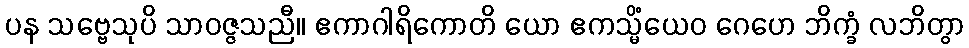
ပန သဗ္ဗေသုပိ သာဝဇ္ဇသညီ။ ဧကာဂါရိကောတိ ယော ဧကသ္မိံယေဝ ဂေဟေ ဘိက္ခံ လဘိတွာ